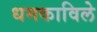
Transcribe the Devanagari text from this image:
धमकाविले